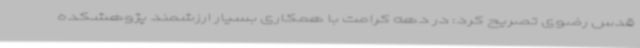
قدس رضوی تصریح کرد: در دهه کرامت با همکاری بسیار ارزشمند پژوهشکده